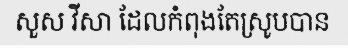
សួស វីសា ដែលកំពុងតែស្រូបបាន